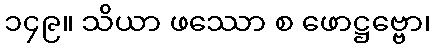
၁၄၉။ သိယာ ဖဿော စ ဖောဋ္ဌဗ္ဗော၊